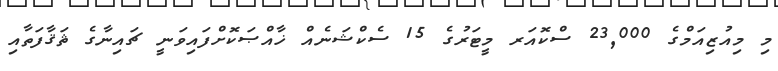
މި މިއުޒިއަމްގެ 23